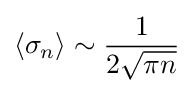
\langle \sigma _{n}\rangle \sim {\frac {1}{2{\sqrt {\pi n}}}}